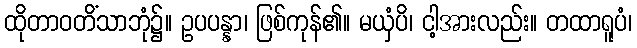
ထိုတာဝတိံသာဘုံ၌။ ဥပပန္နာ၊ ဖြစ်ကုန်၏။ မယှံပိ၊ ငါ့အားလည်း။ တထာရူပံ၊